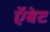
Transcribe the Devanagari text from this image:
ऍबेट